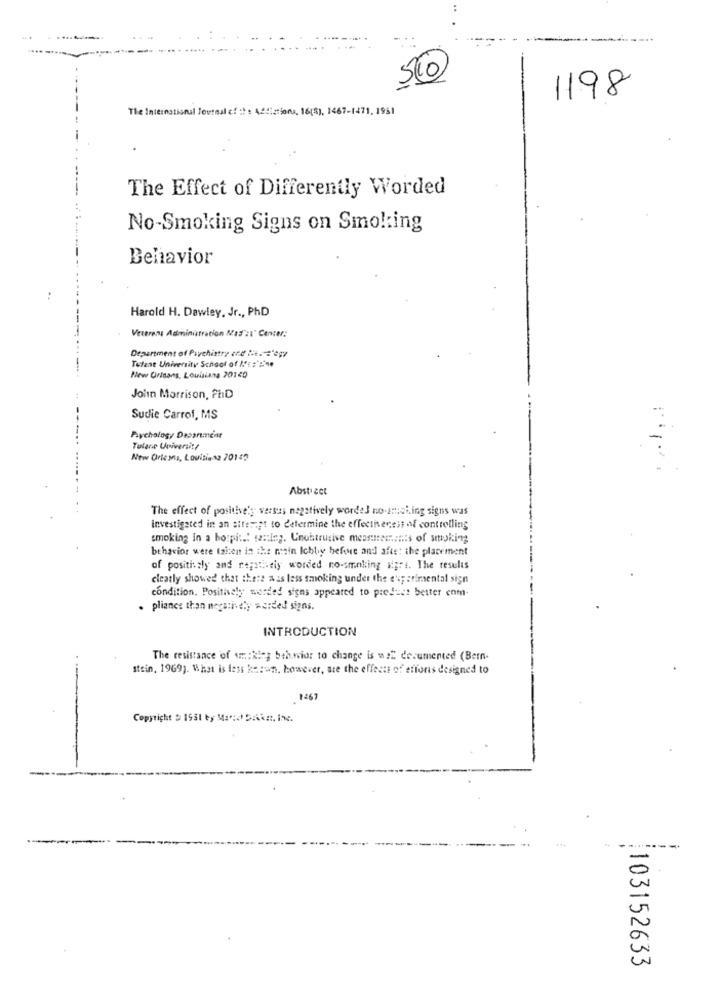
...
1198
The International Journal cf :: : ACcions, 16(5), 1467-1471, 1951
The Effect of Differently Worded
No-Smoking Signs on Smoking
Behavior
Harold H. Dawiey, Jr ., PhD
Veterans Administration Mas':l' Center:
Department of Psychiatry and I.e. = "egy
Tufest University School of M'a : : ne
New Orleans, Louisiana 20140
Join Morrison, PhD
Sudie Carrof, MS
Paychology Dapanment
Tutare University
New Orleans, Louisiana 20140
Abstract
The effect of positive's versus negatively wordeJ no-amici.ing signs was
Investigated in an attempt to determine the effectiveness of controlling
smoking in a bo:pit .! te :: ing. Unobtrusive measurements of smoking
behavior were taken in the rain lobby before and after: the placement
of posithaly and repeticiy worded no-smoking af;rs. The results
clearly showed that there a is less smoking under the e'; arimental sign
condition. Positively worded signs appeared to produce better enm-
. pliance than negatively warded signs.
INTRODUCTION
The resistance of wiking behavior to change is wat documented (Bern-
stein, 1969). What is less korun, however, sie the effects of ations designed to
1467
Copyright $ 1931 by Man:d Daikat, inc.
|103152633